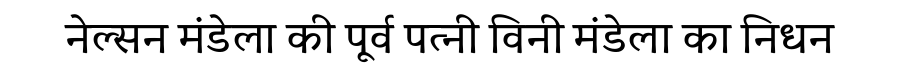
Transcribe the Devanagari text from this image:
नेल्सन मंडेला की पूर्व पत्नी विनी मंडेला का निधन